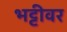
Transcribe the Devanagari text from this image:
भट्टीवर